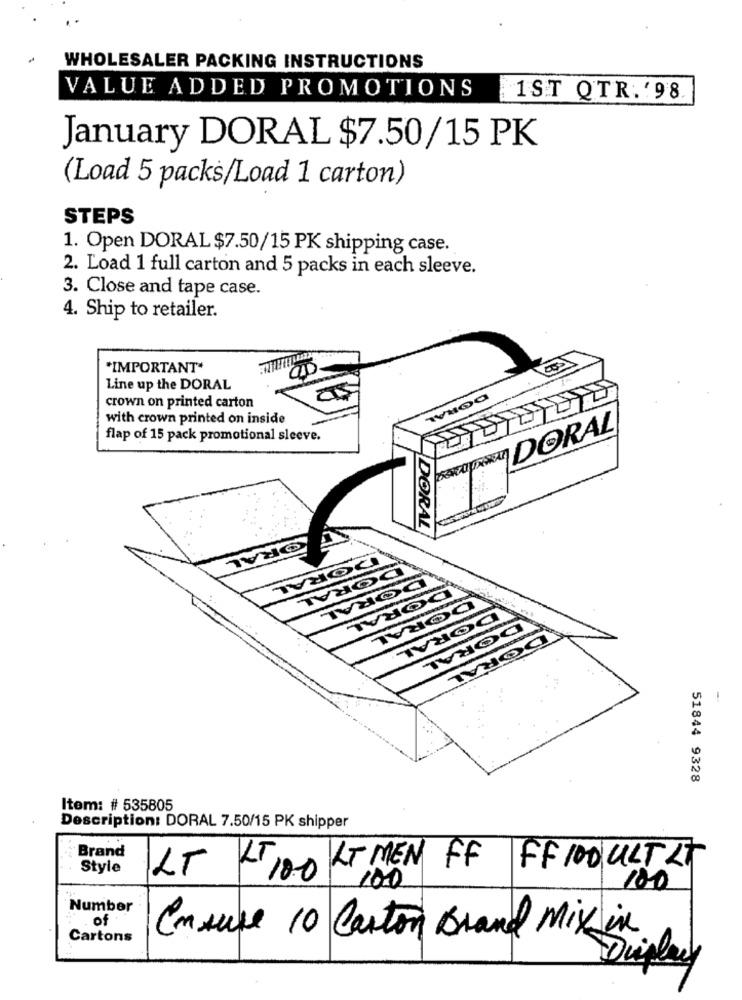
WHOLESALER PACKING INSTRUCTIONS
VALUE ADDED PROMOTIONS 1ST QTR. ' 98.
January DORAL $7.50/15 PK
(Load 5 packs/Load 1 carton)
STEPS
1. Open DORAL $7.50/15 PK shipping case.
2. Load 1 full carton and 5 packs in each sleeve.
3. Close and tape case.
4. Ship to retailer.
"IMPORTANT*
Line up the DORAL
crown on printed carton
with crown printed on inside
DORAL
flap of 15 pack promotional sleeve.
DORAL
ORAL
DORAL
DORAL
DORAL
To
DORAL
-
51844 9328
Item: # 535805
Description: DORAL 7.50/15 PK shipper
Brand
Style
LT KILT MEN FF FF 100 ULT LT
100
100
Number
. of
Cartons
Ensure 10 Carton Brand Mix in
Display